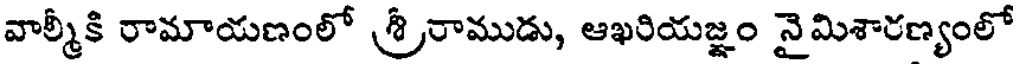
వాల్మీకి రామాయణంలో శ్రీరాముడు, ఆఖరియజ్ఞం నైమిశారణ్యంలో